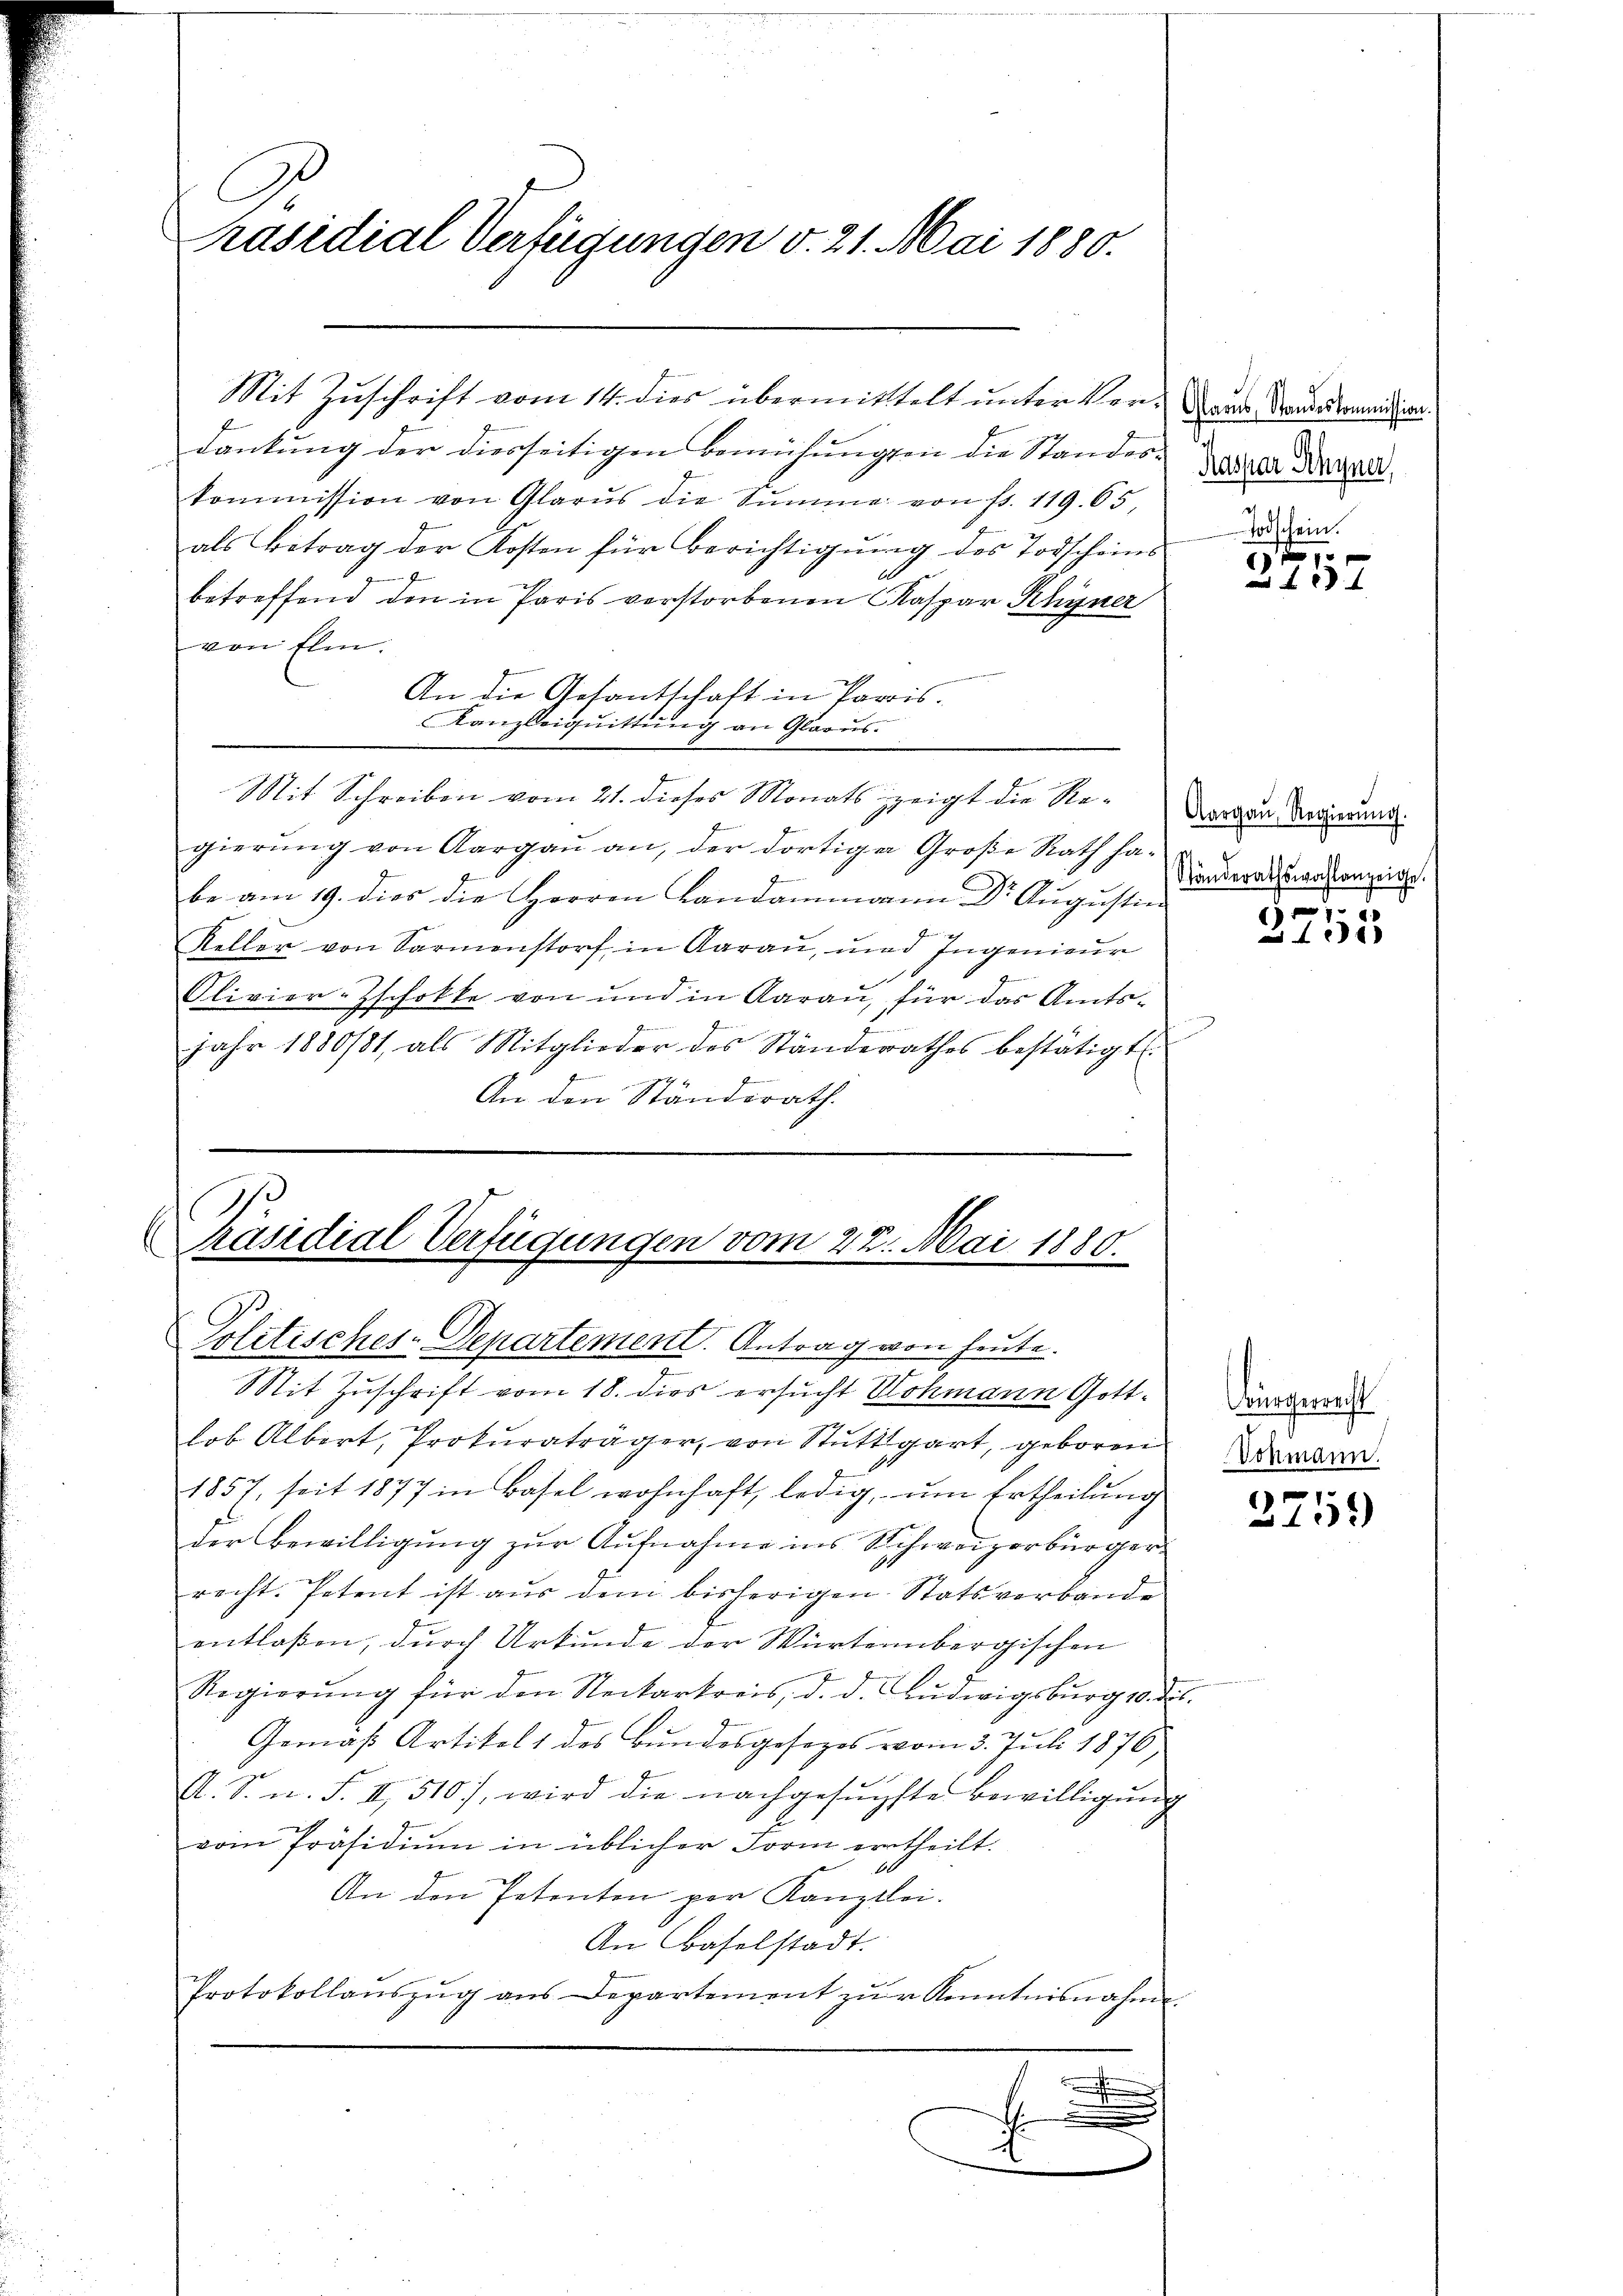
C
räsidial-Verfügungen v. 21. Mai 1880.

dankung der diesseitigen Bemühungen die Standeskommission von Glarus die Summe von fr. 119. 65,
als Betrag der Kosten für Berichtigung des Todscheins
betreffend den in Paris verstorbenen Caspar Rhyner
von Eli.
An die Gesantschaft in Parois.
Kanzleiquittung an Glarus.
Mit Schreiben vom 21. dieses Monats zeigt die Regierung von Aargau an, der dortiger Große Rath habe am 19. dies die Herren Landammann Dr. Augustin
Keller von Sarmenstorf in Aarau, und Ingenieur
Olivier-Zschokke von und in Aarau, für das Amtsjahr 1880/81, als Mitglieder des Ständerathes bestätigt.
An den Ständerath.

Präsidial Verfügungen vom 22. Mai 1880.
E
Politisches-Departement. Antrag von heute.

Mit Zuschrift vom 18. dies ersucht Sohmann Gott¬

lob Albert, Prokuraträger, von Stuttgart, geboren
1857, seit 1877 in Basel wohnhaft, ledig, um Ertheilung
der Bewilligung zur Aufnahme ins Schweizerbürger
recht. Petent ist aŭs dem bisherigen Statsverbande
entlaßen, durch Urkunde der Würtembergischen
Regierŭng für den Neckarkreis, d. d. Ludwigsbŭrg 10. ds.
Gemäß Artikels des Bundesgesezes vom 3. Juli 1876,
A. S. n. F. II 510), wird die nachgesŭchte Bewilligŭng
vom Präsidium in üblicher Form ertheilt.
10
An den Petenten per Kanzlei.
An Baselstadt.
Protokollanszŭg ans Departement zŭr Kenntnisnahme.
n
e
E
2
.

Mit Zuschrift vom 14. dies übermittelt unter Ver-Ware Tradidermeiden.

Kaspar Schyner
Todschein.

1
 xx

Aargau, Regierŭng.
Ständerathswahlanzeige.

1
105

Bürgerrecht
Vokmann.

3259